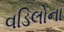
વડિલોના